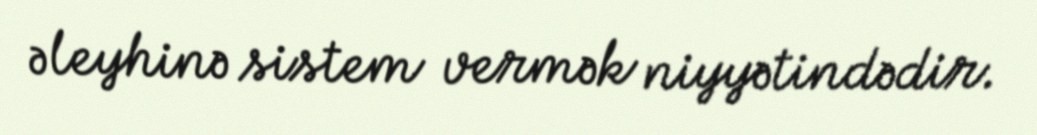
əleyhinə sistem vermək niyyətindədir.